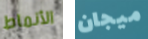
الأنماط ميجان